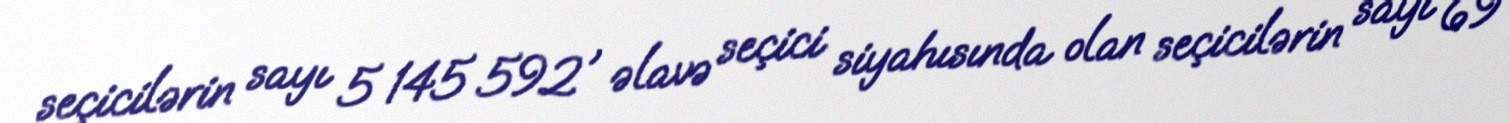
seçicilərin sayı 5 145 592 , əlavə seçici siyahısında olan seçicilərin sayı 69